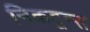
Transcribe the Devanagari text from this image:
निकटून्स